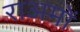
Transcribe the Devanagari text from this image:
राअमों